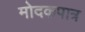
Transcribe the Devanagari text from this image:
मोदकपात्र